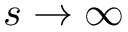
s \to \infty